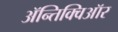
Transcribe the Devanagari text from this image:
ॲन्तिक्विऑर